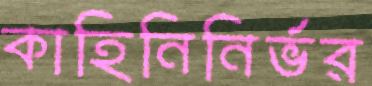
কাহিনিনির্ভর